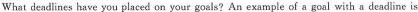
What deadlines have you placed on your goals?An example of a goal with a deadline is